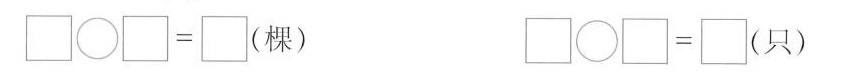
$$ \Box \bigcirc \Box = \Box$$ （棵） $$\Box \bigcirc \Box = \Box$$ (只）